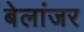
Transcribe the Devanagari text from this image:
बेलांजर